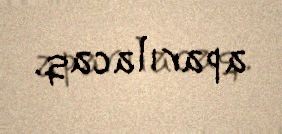
aparılacaq.